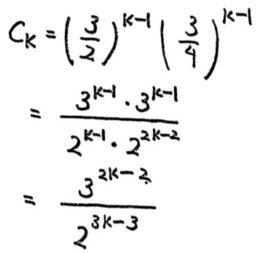
\[
\begin{align*}
C_{k}&=\left(\frac{3}{2}\right)^{k - 1}\left(\frac{3}{4}\right)^{k - 1}\\
&=\frac{3^{k - 1}\cdot3^{k - 1}}{2^{k - 1}\cdot2^{2k - 2}}\\
&=\frac{3^{2k - 2}}{2^{3k - 3}}
\end{align*}
\]